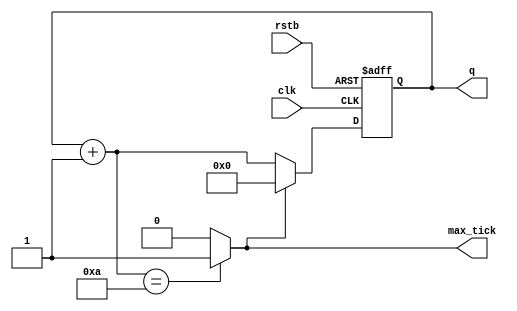
module modm_counter_2
#(
	parameter M = 10,
	parameter N = $clog2(M)
) (
	input 			clk, rstb,
	output 	[N-1:0] q,
	output 			max_tick
);

reg [N-1:0] state_reg;
wire [N-1:0] state_next, state_inc;

always @(posedge clk or negedge rstb) begin
	if (~rstb) state_reg <= 0;
	else state_reg <= state_next;
end

assign q = state_reg;
assign max_tick = (state_inc == M) ? 1'b1 : 1'b0;

assign state_inc = state_reg+1;
assign state_next = max_tick ? 0 : state_inc;

endmodule